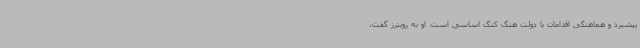
پیشبرد و هماهنگی اقدامات با دولت هنگ کنگ اساسی است. او به رویترز گفت،